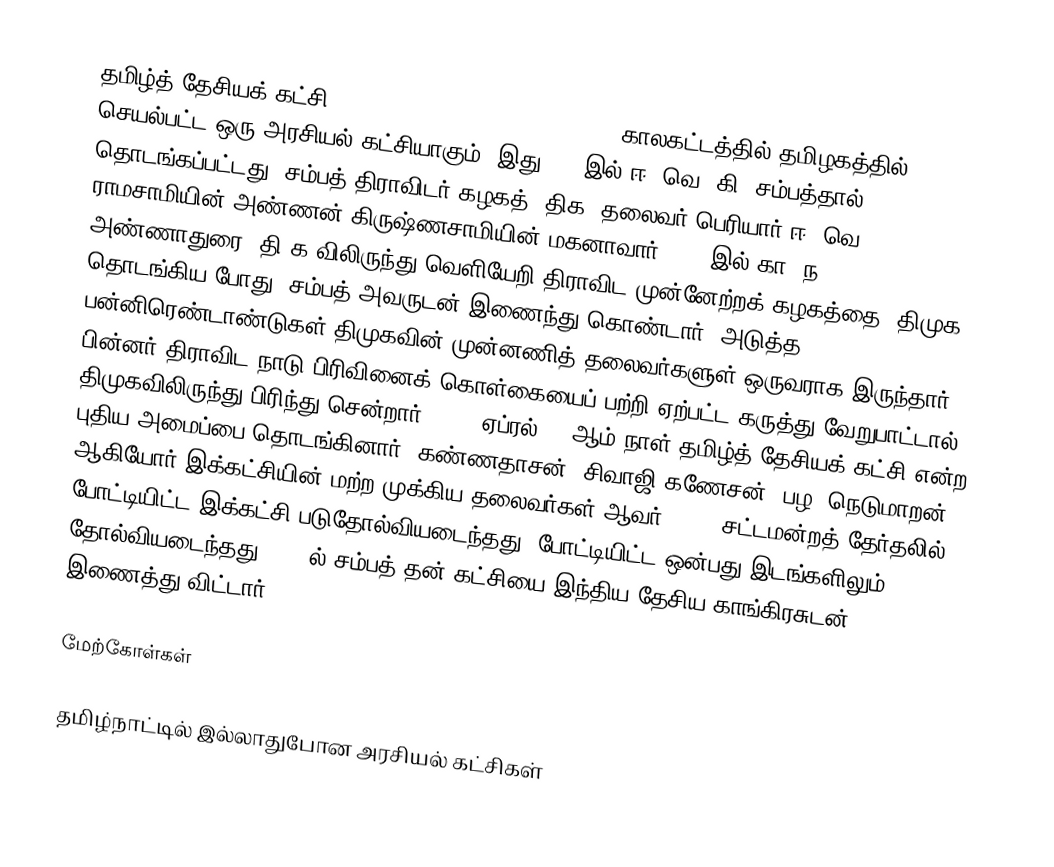
தமிழ்த் தேசியக் கட்சி (Tamil National Party) 1961–1964 காலகட்டத்தில் தமிழகத்தில் செயல்பட்ட ஒரு அரசியல் கட்சியாகும். இது 1961இல் ஈ. வெ. கி. சம்பத்தால் தொடங்கப்பட்டது. சம்பத் திராவிடர் கழகத் (திக) தலைவர் பெரியார் ஈ. வெ. ராமசாமியின் அண்ணன் கிருஷ்ணசாமியின் மகனாவார். 1949இல் கா. ந. அண்ணாதுரை, தி.க.விலிருந்து வெளியேறி திராவிட முன்னேற்றக் கழகத்தை (திமுக) தொடங்கிய போது, சம்பத் அவருடன் இணைந்து கொண்டார். அடுத்த பன்னிரெண்டாண்டுகள் திமுகவின் முன்னணித் தலைவர்களுள் ஒருவராக இருந்தார். பின்னர் திராவிட நாடு பிரிவினைக் கொள்கையைப் பற்றி ஏற்பட்ட கருத்து வேறுபாட்டால் திமுகவிலிருந்து பிரிந்து சென்றார். 1961 ஏப்ரல் 19 ஆம் நாள் தமிழ்த் தேசியக் கட்சி என்ற புதிய அமைப்பை தொடங்கினார். கண்ணதாசன், சிவாஜி கணேசன், பழ. நெடுமாறன் ஆகியோர் இக்கட்சியின் மற்ற முக்கிய தலைவர்கள் ஆவர். 1962 சட்டமன்றத் தேர்தலில், போட்டியிட்ட இக்கட்சி படுதோல்வியடைந்தது. போட்டியிட்ட ஒன்பது இடங்களிலும் தோல்வியடைந்தது. 1964ல் சம்பத் தன் கட்சியை இந்திய தேசிய காங்கிரசுடன் இணைத்து விட்டார்.

மேற்கோள்கள்

தமிழ்நாட்டில் இல்லாதுபோன அரசியல் கட்சிகள்